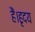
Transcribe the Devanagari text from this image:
हैं।हृदय